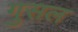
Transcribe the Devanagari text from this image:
गुसल